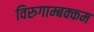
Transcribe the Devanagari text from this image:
विरुगाम्बक्कम